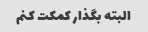
البته بگذار کمکت کنم